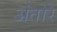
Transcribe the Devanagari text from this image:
अंतोरे